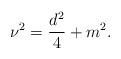
LaTeX: \begin{align*}\nu^2 = \frac {d^2} {4} + m^2.\end{align*}